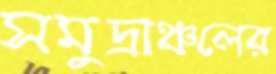
সমুদ্রাঞ্চলের